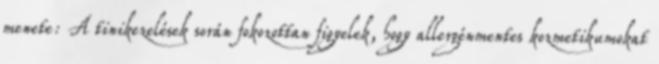
menete: A tinikezelések során fokozottan figyelek, hogy allergénmentes kozmetikumokat